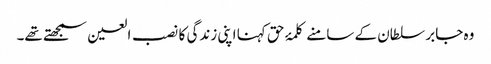
وہ جابر سلطان کے سامنے کلمۂ حق کہنا اپنی زندگی کا نصب العین سمجھتے تھے۔